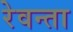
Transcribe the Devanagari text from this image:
रेवन्ता